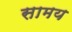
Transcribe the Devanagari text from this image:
सामय